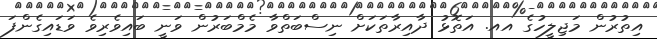
އިތުރުން މަޖިލީހުގެ އއ. އަތޮޅު ދާއިރާތަކަށް ނިސްބަތްވާ މެމްބަރުން ވަނީ ބައިވެރިވެ ވަޑައިގެންފަ